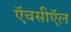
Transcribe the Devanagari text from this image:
ऍचसीऍल